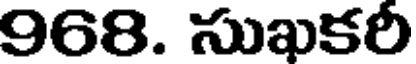
968. సుఖకరీ